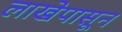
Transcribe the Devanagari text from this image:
लाखेपासून